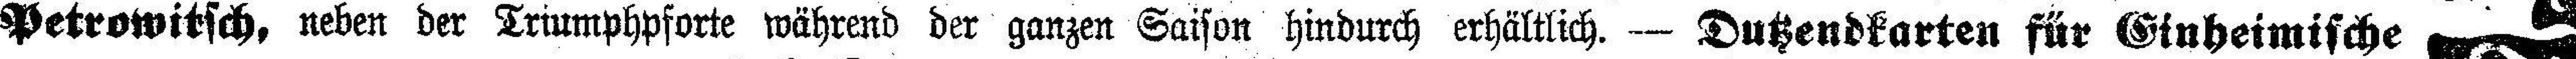
Petrowitsch, neben der Triumphpforte während der ganzen Saison hindurch erhältlich. — Dutzendkarten für Einheimische